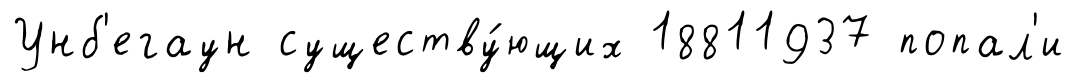
Унб'егаун существу́ющих 18811937 попал'и